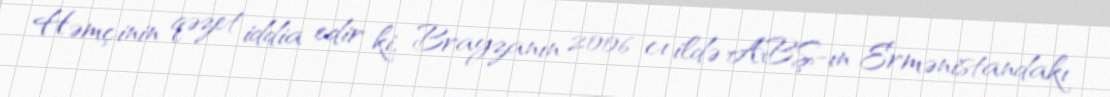
Həmçinin qəzet iddia edir ki, Brayzanın 2006-cı ildə ABŞ-ın Ermənistandakı